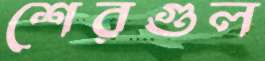
শেরগুল